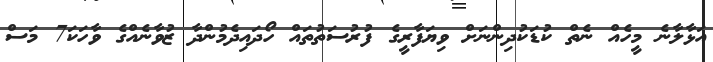
އަޅާލާނެ މީހެއް ނެތް ކުޑަކުދިންނަށް ވިޔަފާރީގެ ފުރުސަތުތައް ހޯދައިދެމުންދާ ޒުވާނެއްގެ ވާހަކަ7 މަސް